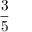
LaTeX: \frac { 3 } { 5 }